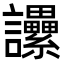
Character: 𧮢